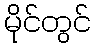
မိုင်တွင်